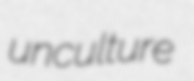
unculture